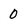
Character: 0